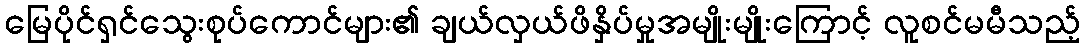
မြေပိုင်ရှင်သွေးစုပ်ကောင်များ၏ ချယ်လှယ်ဖိနှိပ်မှုအမျိုးမျိုးကြောင့် လူစင်မမီသည့်